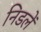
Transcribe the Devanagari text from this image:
निडलें